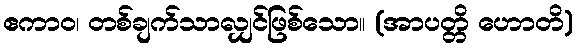
ဧကာဝ၊ တစ်ချက်သာလျှင်ဖြစ်သော။ (အာပတ္တိ ဟောတိ)